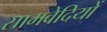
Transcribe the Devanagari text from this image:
सामवेदियों